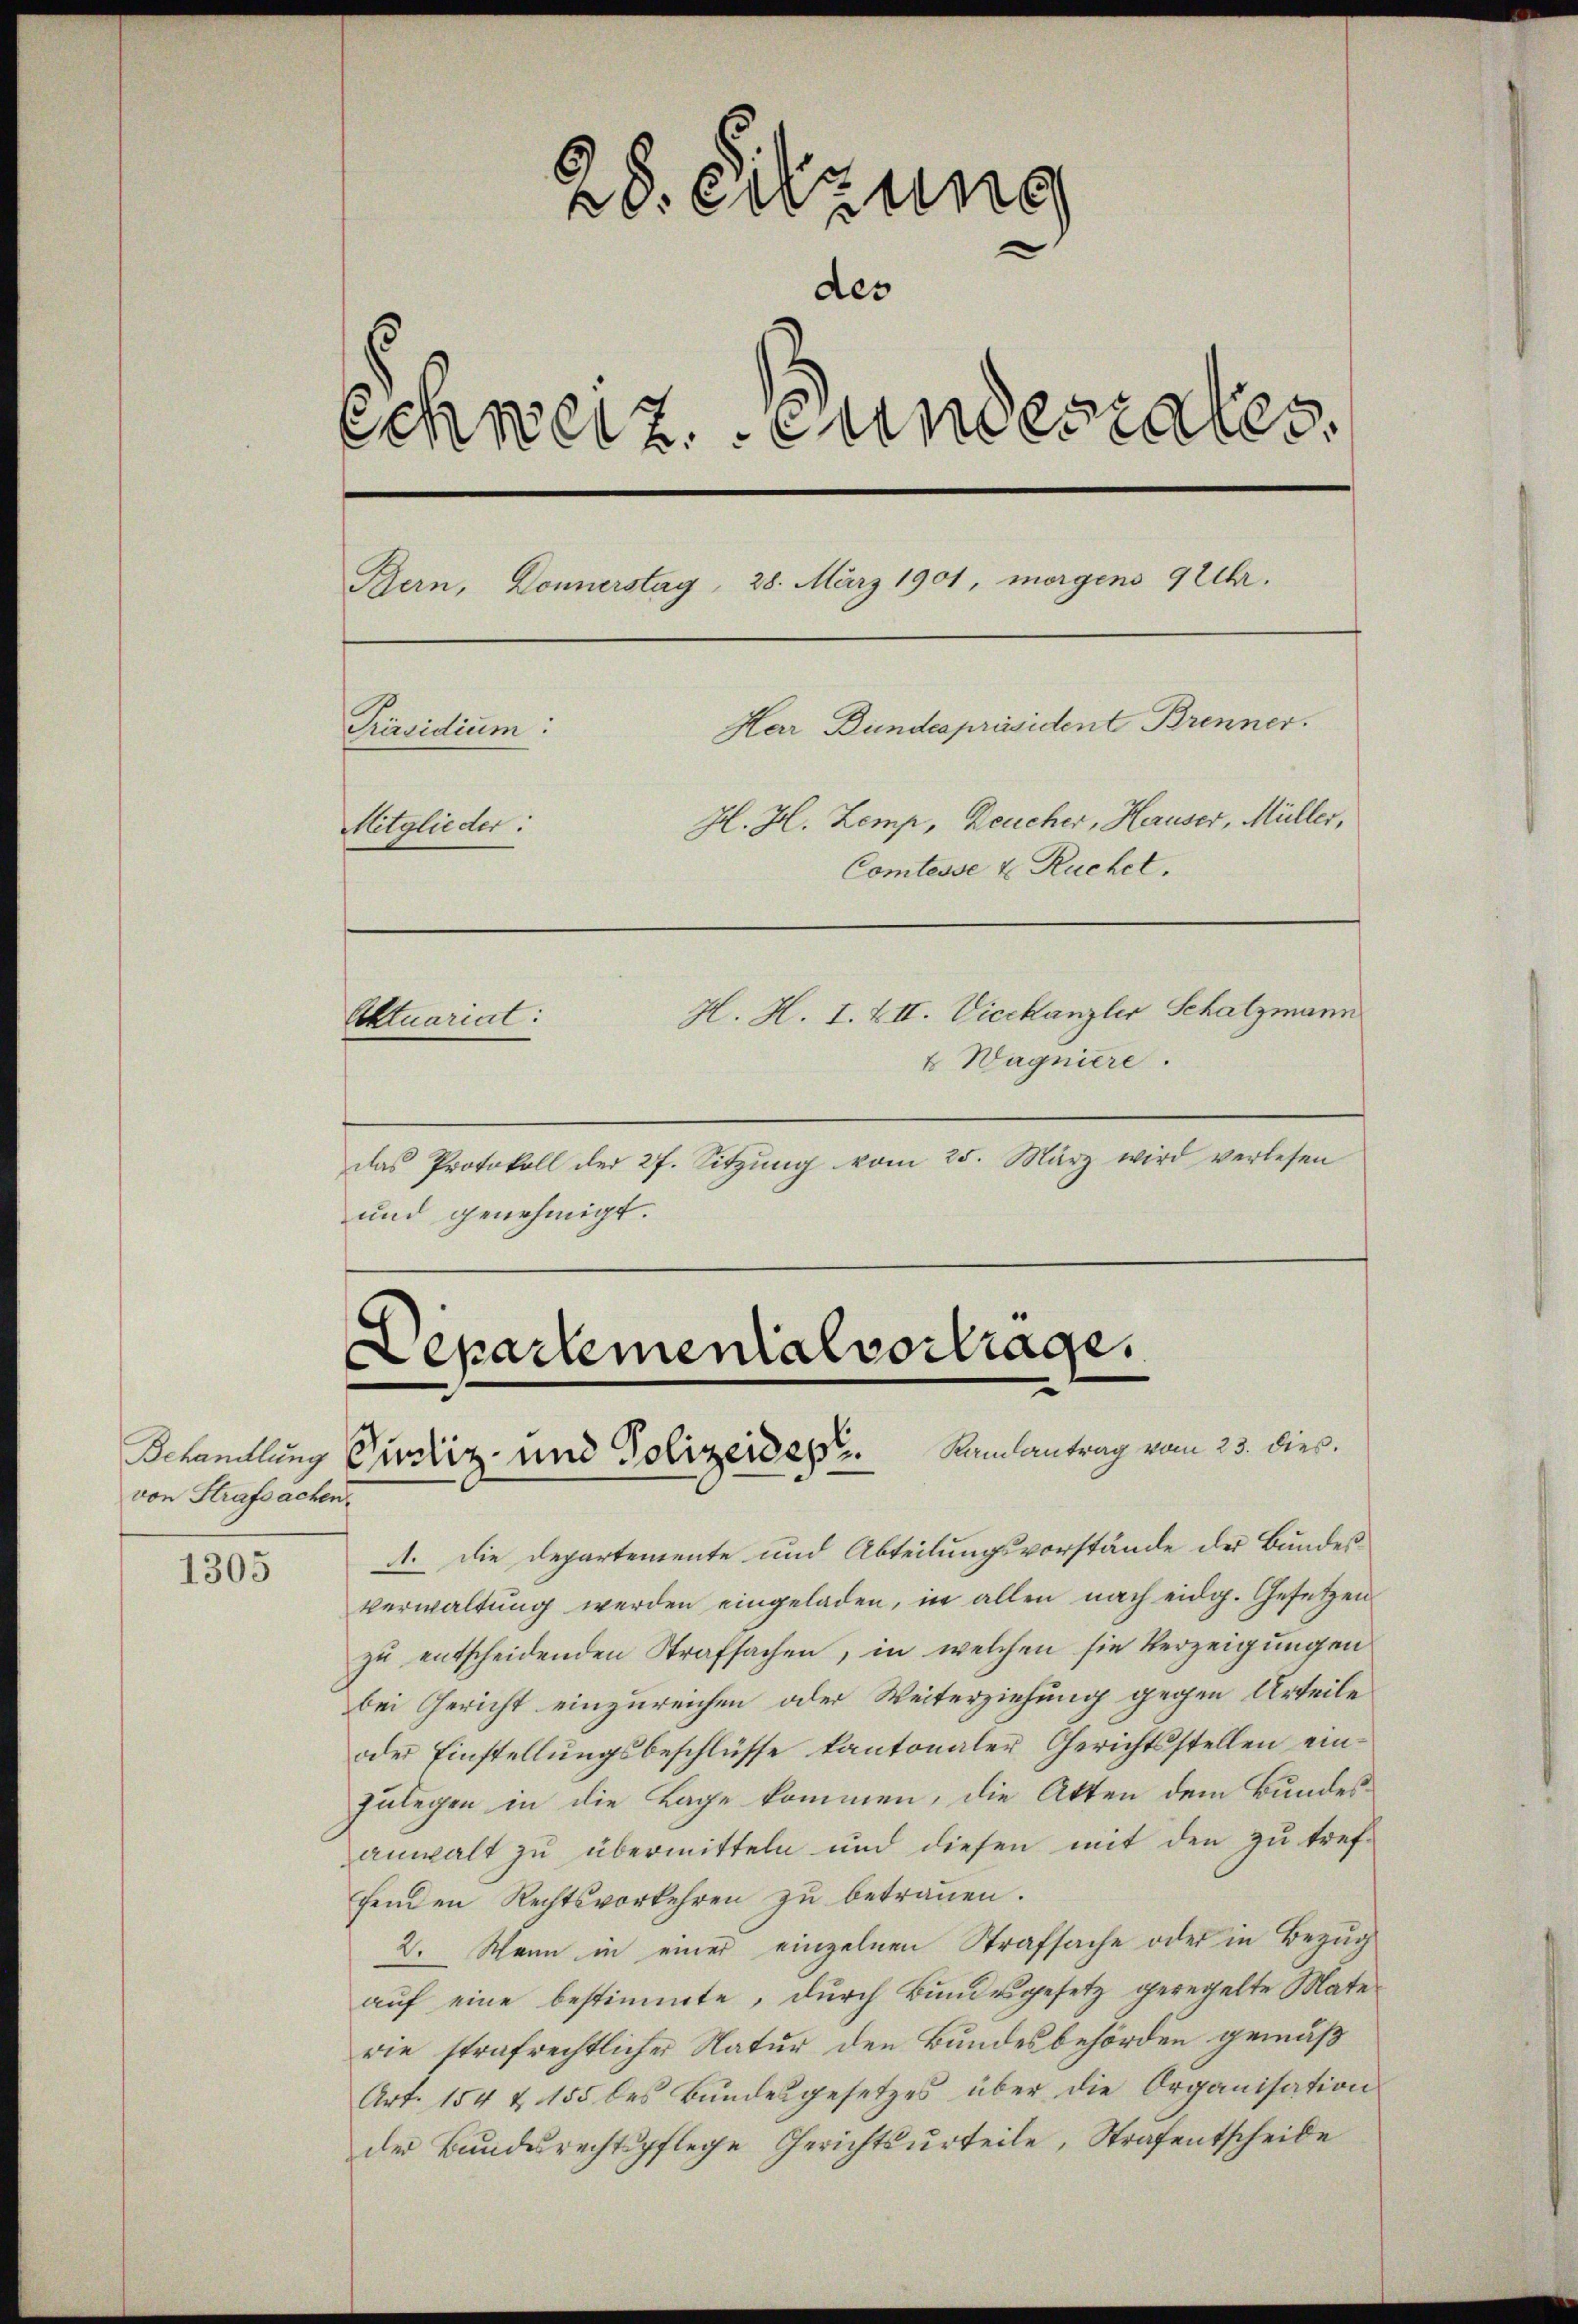
von Strafsachen.

1305

28. Sitzung
des
Schweiz. Bundestates.
Bern, Donnerstag, 28. März 1901, morgens 9 Uhr.
Herr Bundespräsident Brenner.
Präsidium:
H. H. Zemp, Deucher, Heruser, Müller,
Mitglieder:
Comtesse & Ruchet.
H. H. I. XII. Vicekanzler Schatzmann
Aktuariat:
& Wagniere.

das Protokoll der 27. Sitzung vom 25. März wird verlesen
und genehmigt.

A. Die Departemente und Abteilungsvorstände der Bundes-
Verwaltung werden eingeladen, in allen nach eidg. Gesetzen
zu entscheidenden Strafsachen, in welchen sie Verzeigungen
bei Gericht einzureichen oder Weiterziehung gegen Urteile
oder Einstellungsbeschlüsse kantonaler Gerichtsstellen einzulegen in die Lage kommen, die Atten dem Bundesanwalt zu übermitteln und diesen mit den zu tref-
fenden Rechtsvorkehren zu betrauen.
2. Wenn in einer einzelnen Strafsache oder in Bezug
auf eine bestimmte, durch Bundesgesetz geregelte Materie strafrechtlicher Natur den Bundesbehörden gemäß
Art. 154 & 155 des Bŭndesgesetzes über die Organisation
der Bundesrechtspflege Gerichtsurteile, Strafentscheide

Departemental vortrage.
Schandlung Gustiz- und Polizeider Kamantrag vom 23. dieß.